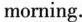
morning.